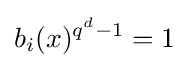
b_{i}(x)^{q^{d}-1}=1